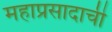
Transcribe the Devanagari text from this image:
महाप्रसादाची